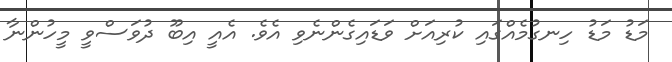
މަޑު މަޑު ހިނގުމެއްގައި ކުރިއަށް ވަޑައިގެންނެވި އެވެ. އެއީ އިބޫ ދުވަސްވީ މީހުންނާ